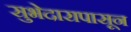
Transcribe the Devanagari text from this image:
सुभेदारापासून